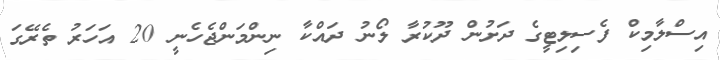
އިސްލާމިކް ފެސިލިޓީގެ ދަށުން ދޫކުރާ ލޯނު ދައްކާ ނިންމަންޖެހެނީ 20 އަހަރު ތެރޭގަ